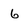
Character: 6